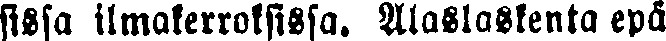
sissa ilmakerroksissa. Alaslaskenta epä